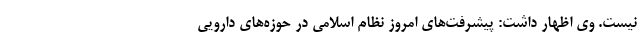
نیست. وی اظهار داشت: پیشرفت‌های امروز نظام اسلامی در حوزه‌های دارویی